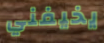
يخيفني